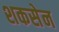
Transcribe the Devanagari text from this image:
शकसेन